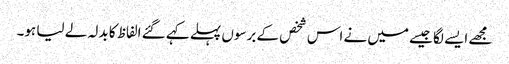
مجھے ایسے لگا جیسے میں نے اس شخص کے برسوں پہلے کہے گئے الفاظ کا بدلہ لے لیا ہو۔